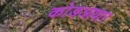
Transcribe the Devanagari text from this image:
कोडआधार